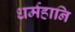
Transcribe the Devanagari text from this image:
धर्महानि